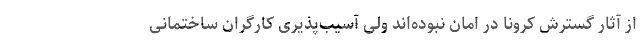
از آثار گسترش کرونا در امان نبوده‌اند ولی آسیب‌پذیری کارگران ساختمانی